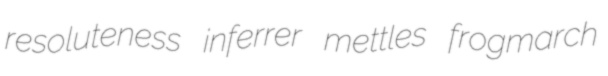
resoluteness inferrer mettles frogmarch